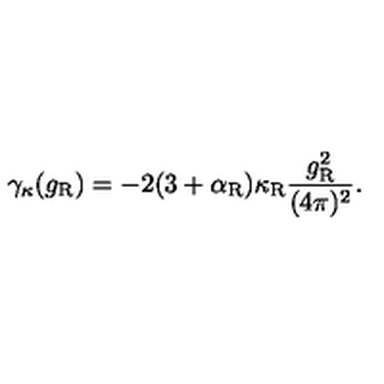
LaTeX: \gamma _ { \kappa } ( g _ { \mathrm { R } } ) = - 2 ( 3 + \alpha _ { \mathrm { R } } ) \kappa _ { \mathrm { R } } \frac { g _ { \mathrm { R } } ^ { 2 } } { ( 4 \pi ) ^ { 2 } } .